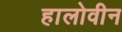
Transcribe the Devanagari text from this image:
हालोवीन